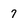
Character: 7